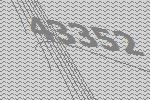
43352